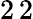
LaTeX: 2\, 2